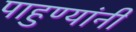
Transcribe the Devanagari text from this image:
पाहुण्यांनी